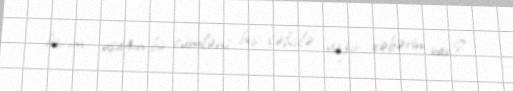
bacım, uşağın bir cümləni beş səhvlə yazır, xəbərin var?.